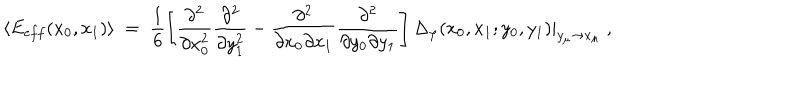
\langle E _ { e f f } ( x _ { 0 } , x _ { 1 } ) \rangle \; = \; \frac { 1 } { 6 } \left[ \frac { \partial ^ { 2 } } { \partial x _ { 0 } ^ { 2 } } \frac { \partial ^ { 2 } } { \partial y _ { 1 } ^ { 2 } } - \frac { \partial ^ { 2 } } { \partial x _ { 0 } \partial x _ { 1 } } \frac { \partial ^ { 2 } } { \partial y _ { 0 } \partial y _ { 1 } } \right] \Delta _ { \varphi } ( x _ { 0 } , x _ { 1 } ; y _ { 0 } , y _ { 1 } ) | _ { y _ { \mu } \to x _ { \mu } } \; ,